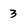
Character: 3